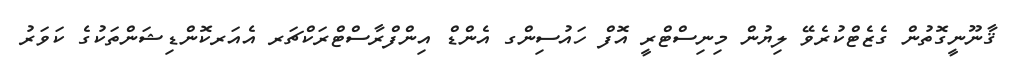
ޤާނޫނީގޮތުން ގެޒެޓްކުރެވޭ ލިޔުން މިނިސްޓްރީ އޮފް ހައުސިންގ އެންޑް އިންފްރާސްޓްރަކްޗަރ އެއަރކޮންޑިޝަންތަކުގެ ކަވަރު